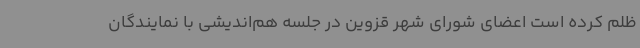
ظلم کرده است اعضای شورای شهر قزوین در جلسه هم‌اندیشی با نمایندگان